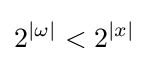
2^{|\omega |}<2^{|x|}